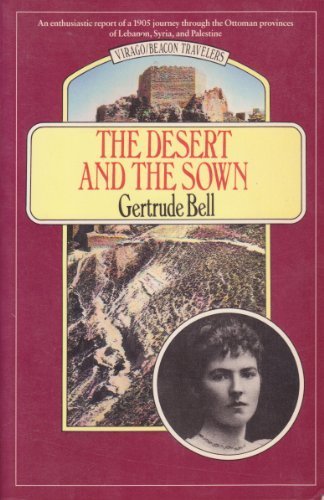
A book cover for The Desert and the Sown (Virago/Beacon Travelers); Gertrude Lowthian Bell; Travel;